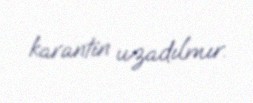
karantin uzadılmır.